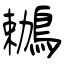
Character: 鶒